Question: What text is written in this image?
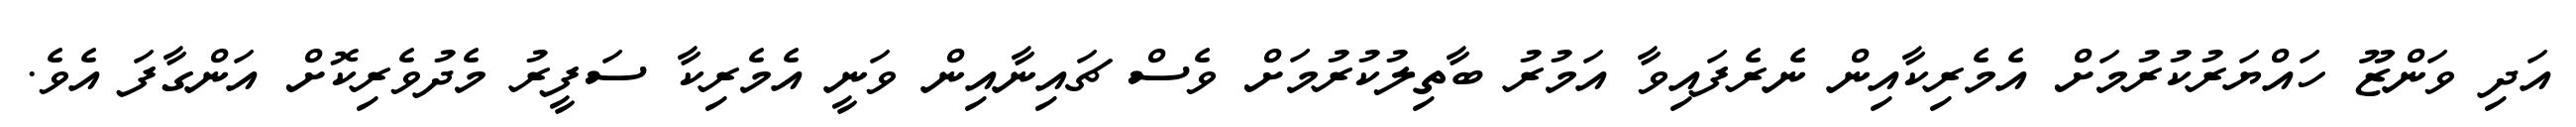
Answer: އަދި ވަންޒޫ ހައްޔަރުކުރުމަށް އެމެރިކާއިން ނެރެފައިވާ އަމުރު ބާތިލުކުރުމަށް ވެސް ޗައިނާއިން ވަނީ އެމެރިކާ ސަފީރު މެދުވެރިކޮށް އަންގާފަ އެވެ.